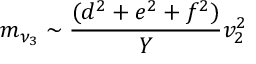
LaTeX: m _ { \nu _ { 3 } } \sim \frac { ( d ^ { 2 } + e ^ { 2 } + f ^ { 2 } ) } { Y } v _ { 2 } ^ { 2 }